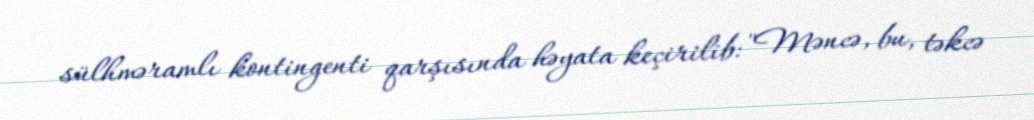
sülhməramlı kontingenti qarşısında həyata keçirilib: "Məncə, bu, təkcə